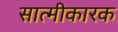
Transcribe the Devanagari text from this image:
सात्मीकारक